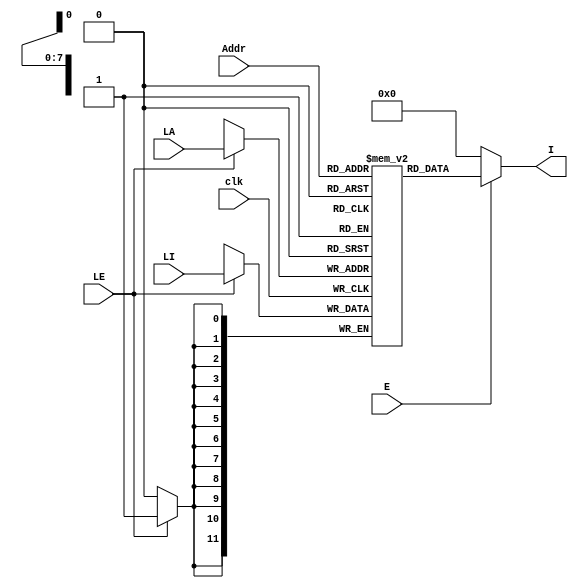
module PMem
(
    input clk,
    input E,            // Enable port
    input [7:0] Addr,   // Address port
    output [11:0] I,    // Instruction port
    input LE,           // Load enable port 
    input[7:0] LA,      // Load address port
    input [11:0] LI     //Load instruction port
);
    reg [11:0] Prog_Mem[255:0] ;
    always @(posedge clk)
        begin
            if(LE == 1) Prog_Mem[LA] <= LI;
        end
    assign I =  (E == 1) ?  Prog_Mem[Addr]: 0 ;
endmodule

module adder
(
    input [7:0] In,
    output [7:0] Out
);
assign Out = In + 1;
endmodule

module MUX1
(
    input [7:0] In1,In2,
    input Sel,
    output [7:0] Out
);
assign Out = (Sel==1)? In1: In2;
endmodule